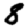
Digit: 8